Source: Computer-generated
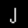
Digit: ၂ (2)